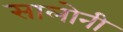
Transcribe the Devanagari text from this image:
सालोनी